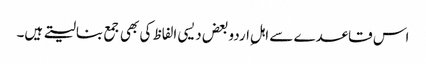
اس قاعدے سے اہلِ اردو بعض دیسی الفاظ کی بھی جمع بنالیتے ہیں۔